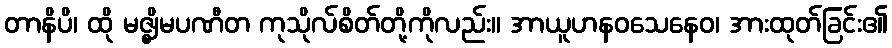
တာနိပိ၊ ထို မဇ္ဈိမပဏီတ ကုသိုလ်စိတ်တို့ကိုလည်း။ အာယူဟနဝသေနေဝ၊ အားထုတ်ခြင်း၏